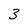
Character: 3